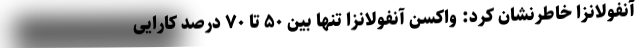
آنفولانزا خاطرنشان کرد: واکسن آنفولانزا تنها بین ۵۰ تا ۷۰ درصد کارایی